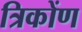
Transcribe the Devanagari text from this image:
त्रिकोंण